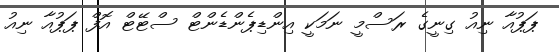
ޕަޕުއާ ނިއު ގިނީގެ ރަސްމީ ނަމަކީ އިންޑިޕެންޑެންޓް ސްޓޭޓް އޮފް ޕަޕުއާ ނިއު